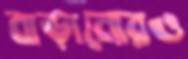
বাড়ানোরও